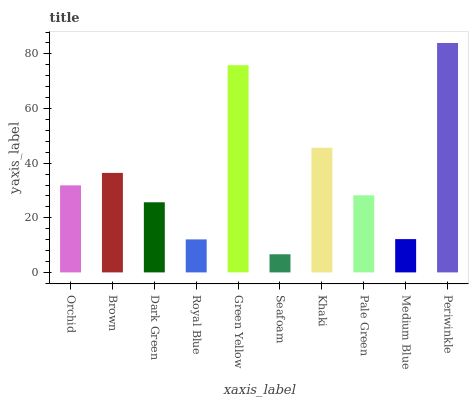
| xaxis_label | bars |
 | --- | --- |
 | Orchid | 31.9 |
 | Brown | 36.4 |
 | Dark Green | 25.7 |
 | Royal Blue | 12.1 |
 | Green Yellow | 75.9 |
 | Seafoam | 6.64 |
 | Khaki | 45.6 |
 | Pale Green | 28.2 |
 | Medium Blue | 12.2 |
 | Periwinkle | 84 |